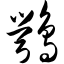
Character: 鹗